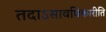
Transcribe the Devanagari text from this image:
तदाऽसावधिकारीति